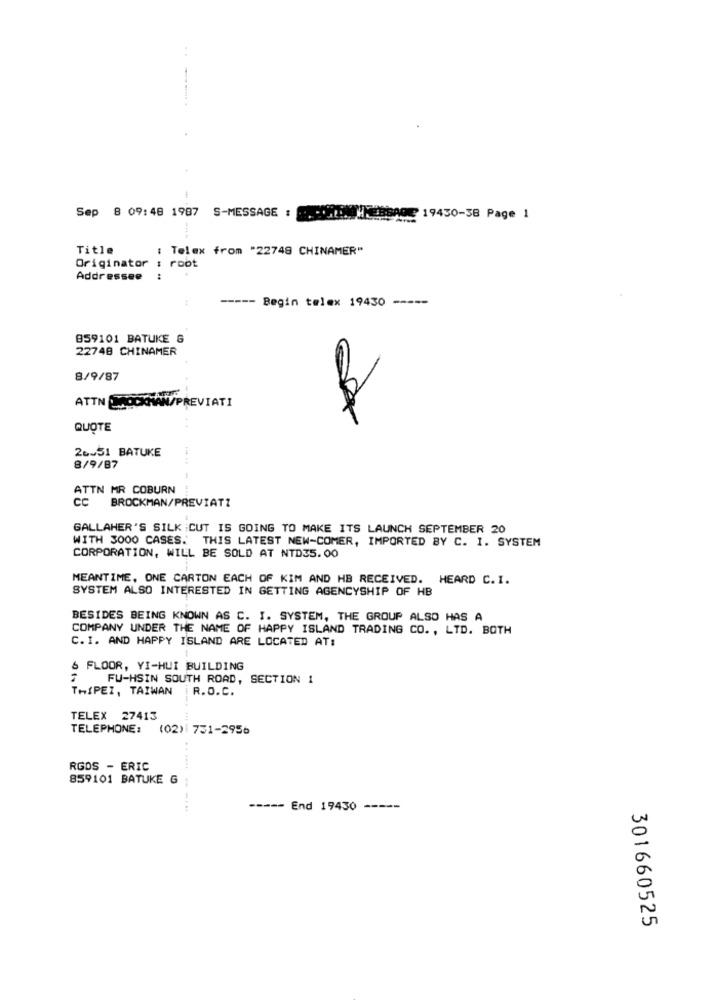
Sep 8 09:48 1987 S-MESSAGE :
19430-38 Page 1
Title
: Telex from "22748 CHINAMER"
Originator : root
Addressee
----- Begin telex 19430 -----
859101 BATUKE 6
22748 CHINAMER
8/9/87
ATTN DADOKHAN/PREVIATI
QUOTE
26.51 BATUKE
.....
8/9/87
444
ATTN MR COBURN
CC BROCKMAN/PREVIATZ
GALLAHER'S SILK :CUT IS GOING TO MAKE ITS LAUNCH SEPTEMBER 20
WITH 3000 CASES. THIS LATEST NEW-COMER, IMPORTED BY C. I. SYSTEM
CORPORATION, WILL BE SOLD AT NTD35.00
MEANTIME, ONE CARTON EACH OF KIM AND HB RECEIVED. HEARD C.I.
SYSTEM ALSO INTERESTED IN GETTING AGENCYSHIP OF HB
BESIDES BEING KNOWN AS C. I. SYSTEM, THE GROUP ALSO HAS A
COMPANY UNDER THE NAME OF HAPPY ISLAND TRADING CO. , LTD. BOTH
C. I. AND HAPPY ISLAND ARE LOCATED AT:
& FLOOR, YI-HUI BUILDING
FU-HSIN SOUTH ROAD, SECTION 1
TAIPEI, TAIWAN R.O.C.
TELEX 27413
TELEPHONE: (02) 751-2956
RGDS - ERIC
859101 BATUKE G
--- -- -...
----- End 19430 -----
301660525